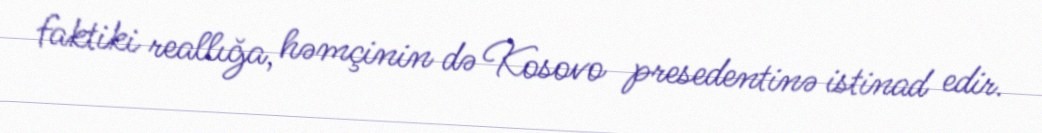
faktiki reallığa, həmçinin də Kosovo presedentinə istinad edir.